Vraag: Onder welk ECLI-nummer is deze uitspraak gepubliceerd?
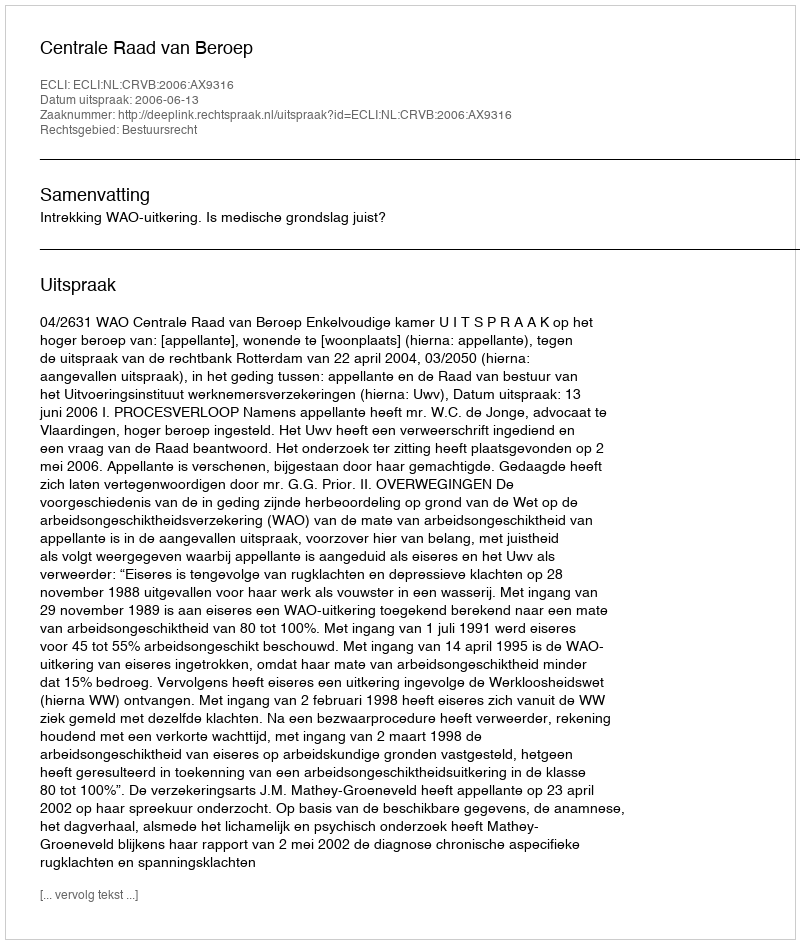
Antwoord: ECLI:NL:CRVB:2006:AX9316